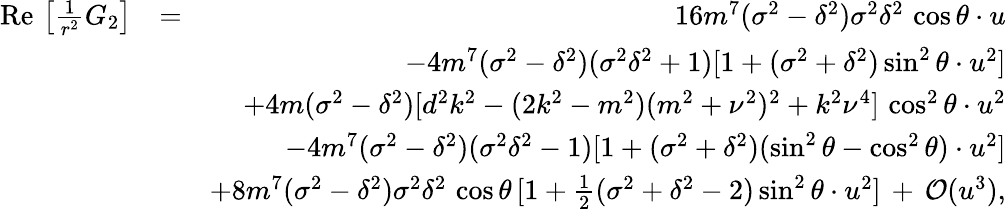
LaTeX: \begin{array}{rlr}{\mathrm{Re}\, \left[\frac{1}{r^{2}}G_{2}\right]}&{=}&{16m^{7}(\sigma^{2}-\delta^{2})\sigma^{2}\delta^{2}\, \cos\theta\cdot u}\\ &{}&{-4m^{7}(\sigma^{2}-\delta^{2})(\sigma^{2}\delta^{2}+1)[1+(\sigma^{2}+\delta^{2})\sin^{2}\theta\cdot u^{2}]}\\ &{}&{+4m(\sigma^{2}-\delta^{2})[d^{2}k^{2}-(2k^{2}-m^{2})(m^{2}+\nu^{2})^{2}+k^{2}\nu^{4}]\, \cos^{2}\theta\cdot u^{2}}\\ &{}&{-4m^{7}(\sigma^{2}-\delta^{2})(\sigma^{2}\delta^{2}-1)[1+(\sigma^{2}+\delta^{2})(\sin^{2}\theta-\cos^{2}\theta)\cdot u^{2}]}\\ &{}&{+8m^{7}(\sigma^{2}-\delta^{2})\sigma^{2}\delta^{2}\, \cos\theta\, [1+\frac{1}{2}(\sigma^{2}+\delta^{2}-2)\sin^{2}\theta\cdot u^{2}]\, +\, {\cal O}(u^{3}),}\end{array}